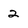
Character: 2